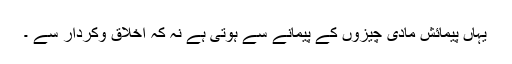
یہاں پیمائش مادی چیزوں کے پیمانے سے ہوتی ہے نہ کہ اخلاق وکردار سے ۔